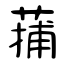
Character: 蒱